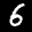
Label: 6